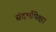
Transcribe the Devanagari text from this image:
संदर्भांपेक्षा